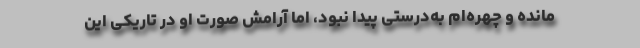
مانده و چهره‌ام به‌درستی پیدا نبود، اما آرامش صورت او در تاریکی این